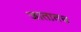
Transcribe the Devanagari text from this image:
जातातच